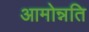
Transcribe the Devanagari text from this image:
आमोन्नति